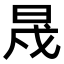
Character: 𣆭